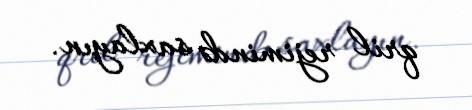
qril rejimində saxlayın.